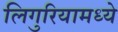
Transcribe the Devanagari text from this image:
लिगुरियामध्ये